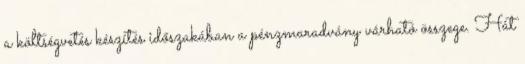
a költségvetés készítés időszakában a pénzmaradvány várható összege. Hát